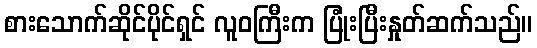
စားသောက်ဆိုင်ပိုင်ရှင် လူဝကြီးက ပြုံးပြီးနှုတ်ဆက်သည်။